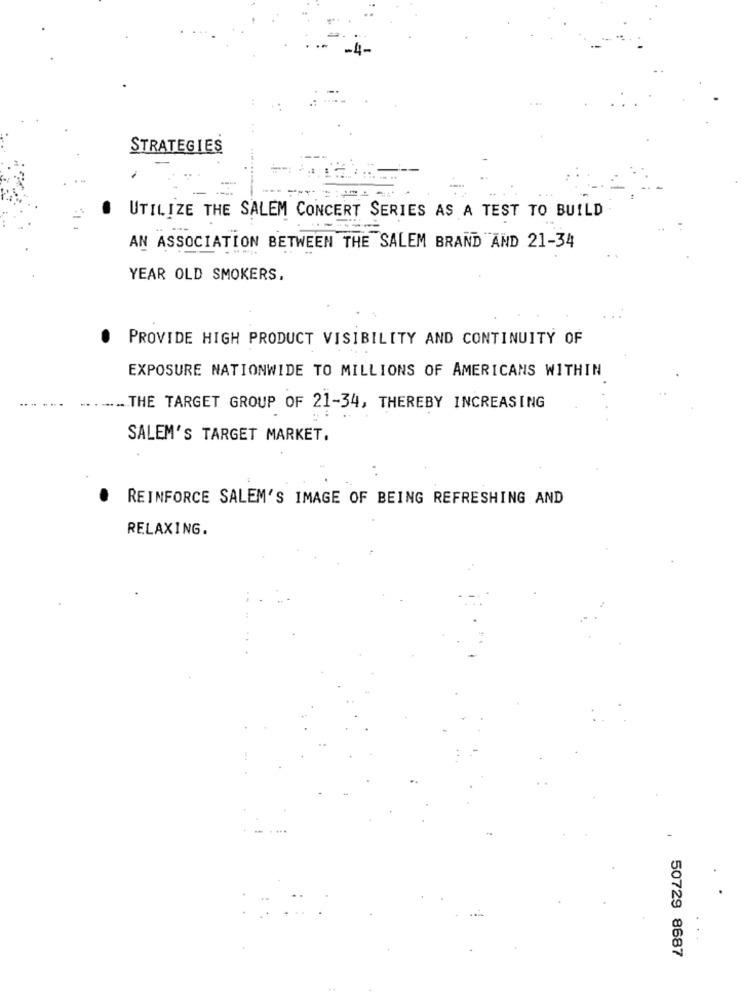
STRATEGIES
-
UTILIZE THE SALEM CONCERT SERIES AS A TEST TO BUILD
.--
AN ASSOCIATION BETWEEN THE SALEM BRAND AND 21-34
YEAR OLD SMOKERS.
PROVIDE HIGH PRODUCT VISIBILITY AND CONTINUITY OF
EXPOSURE NATIONWIDE TO MILLIONS OF AMERICANS WITHIN
... THE TARGET GROUP OF 21-34, THEREBY INCREASING
SALEM'S TARGET MARKET.
REINFORCE SALEM'S IMAGE OF BEING REFRESHING AND
RELAXING.
50729 8687